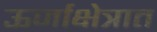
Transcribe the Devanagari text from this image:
ऊर्जाक्षेत्रात